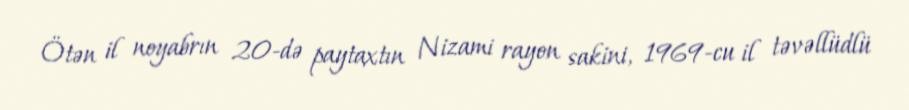
Ötən il noyabrın 20-də paytaxtın Nizami rayon sakini, 1969-cu il təvəllüdlü